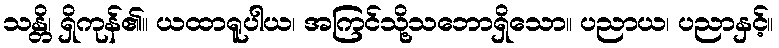
သန္တိ၊ ရှိကုန်၏။ ယထာရူပါယ၊ အကြင်သို့သဘောရှိသော။ ပညာယ၊ ပညာနှင့်။